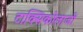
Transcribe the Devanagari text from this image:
टाक्सिकोलाजी